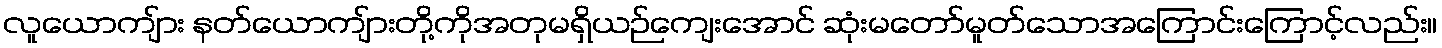
လူယောကျ်ား နတ်ယောကျ်ားတို့ကိုအတုမရှိယဉ်ကျေးအောင် ဆုံးမတော်မူတ်သောအကြောင်းကြောင့်လည်း။